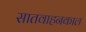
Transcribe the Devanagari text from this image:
सातवाहनकाल